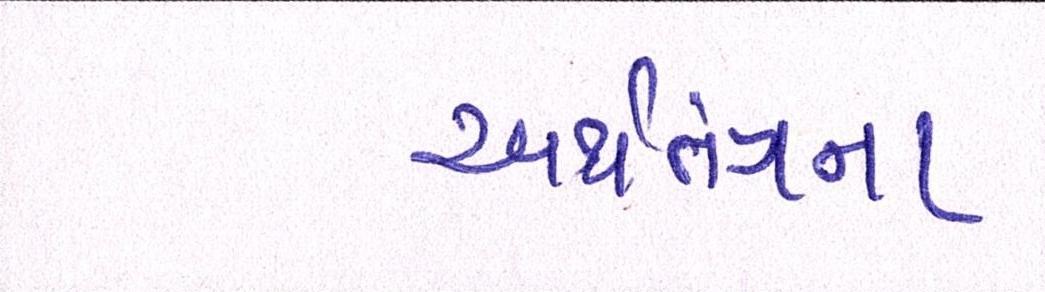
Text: અર્થતંત્રના